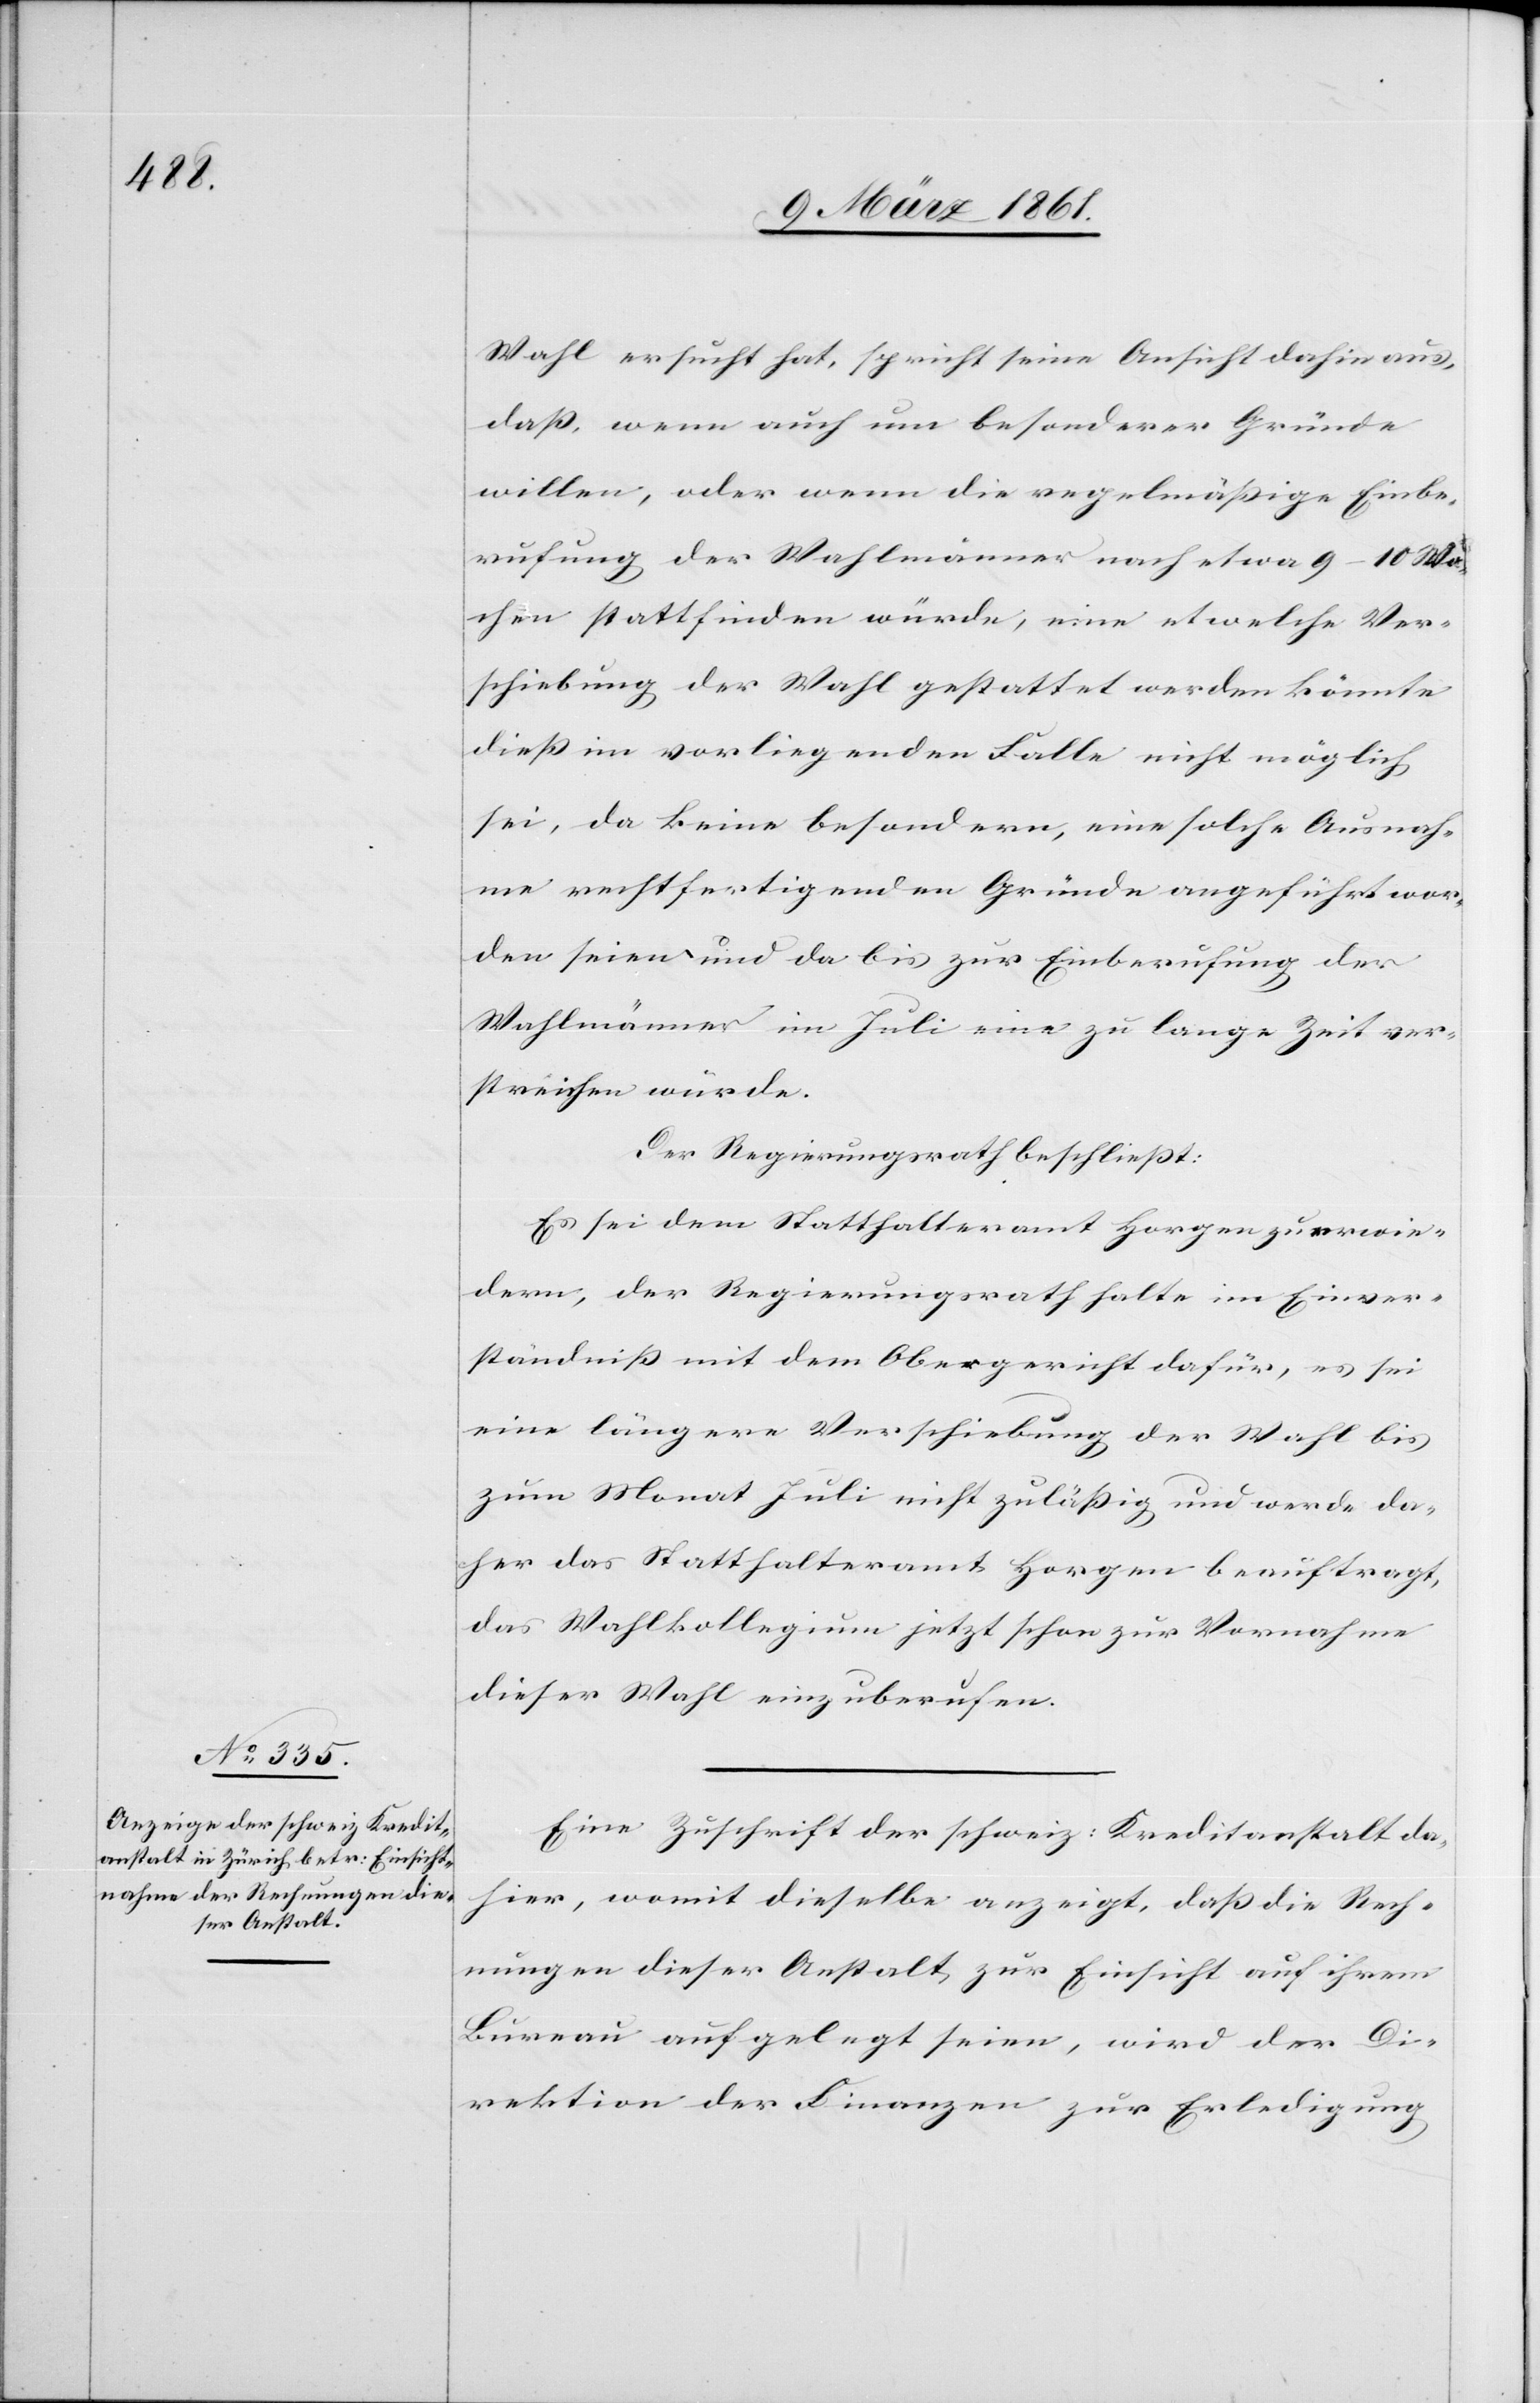
Wahl ersucht hat, spricht seine Ansicht dahin aus,
dass, wenn auch um besonderer Gründe
willen, oder wenn die regelmässige Einbe¬
rufung der Wahlmänner nach etwa 9–10 Wo¬
chen stattfinden würde, eine etwelche Ver¬
schiebung der Wahl gestattet werden könnte
diess im vorliegenden Falle nicht möglich
sei, da keine besondern, eine solche Ausnah¬
me rechtfertigenden Gründe angeführt wor¬
den seien und da bis zur Einberufung der
Wahlmänner im Juli eine zu lange Zeit ver¬
streichen würde.
Der Regierungsrath beschliesst:
Es sei dem Statthalteramt Horgen zu erwie¬
dern, der Regierungsrath halte im Einver¬
ständniss mit dem Obergericht dafür, es sei
eine längere Verschiebung der Wahl bis
zum Monat Juli nicht zulässig und werde da¬
her das Statthalteramt Horgen beauftragt,
das Wahlkollegium jetzt schon zur Vornahme
dieser Wahl einzuberufen.
Eine Zuschrift der schweiz: Kreditanstalt da¬
hier, womit dieselbe anzeigt, dass die Rech¬
nungen dieser Anstalt zur Einsicht auf ihrem
Bureau aufgelegt seien, wird der Di¬
rektion der Finanzen zur Erledigung